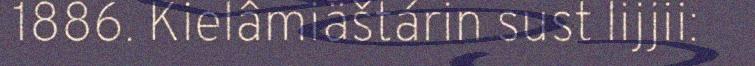
1886. Kielâmiäštárin sust lijjii: